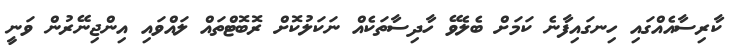
ކާރިސާއެއްގައި ހިނގައިފާނެ ކަމަށް ބެލެވޭ ހާދިސާތަކެއް ނަކަލުކޮށް ރޮބޮޓްތައް ލައްވައި އިންޖިނޭރުން ވަނީ